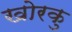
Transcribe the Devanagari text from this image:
खोरकु